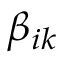
\beta _ { i k }